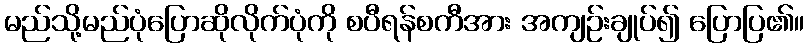
မည်သို့မည်ပုံပြောဆိုလိုက်ပုံကို စပီရန်စကီအား အကျဉ်းချုပ်၍ ပြောပြ၏။